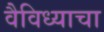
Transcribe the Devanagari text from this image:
वैविध्याचा